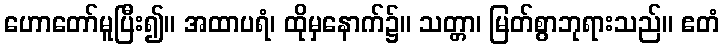
ဟောတော်မူပြီး၍။ အထာပရံ၊ ထိုမှနောက်၌။ သတ္တာ၊ မြတ်စွာဘုရားသည်။ ဧတံ